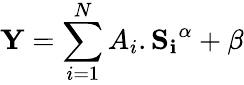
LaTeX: \mathbf{Y}=\sum_{i=1}^{N}A_{i}.\mathbf{S_{i}}^{\alpha}+\beta